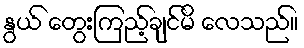
နွယ် တွေးကြည့်ချင်မိ လေသည်။